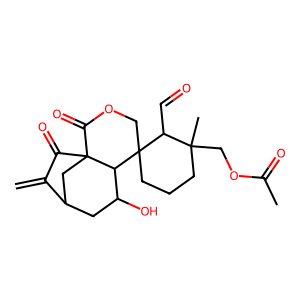
SMILES: C=C1C(=O)C23CC1CC(O)C2C1(CCCC(C)(COC(C)=O)C1C=O)COC3=O
Inhibits HIV replication: No